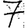
Digit: 7